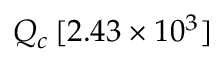
Q _ { c } \, [ 2 . 4 3 \times 1 0 ^ { 3 } ]